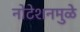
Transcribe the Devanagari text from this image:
नोटेशनमुळे